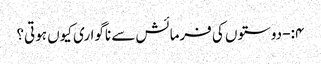
۴:- دوستوں کی فرمائش سے ناگواری کیوں ہوتی؟